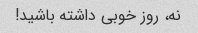
نه، روز خوبی داشته باشید!